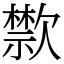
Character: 㱈